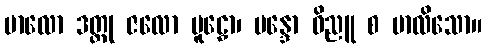
ဗာလော ဒတ္တု ဇလော မူဠှော၊ မန္ဒော ဝိညူ စ ဗာလိသော။